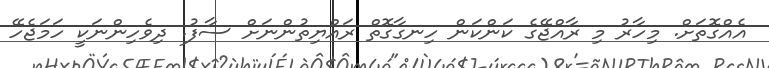
އެއްގޮތަށް. މިހާރު މި ރާއްޖޭގެ ކަންކަން ހިނގާގޮތް ރައްޔިތުންނަށް ސާފު. ދިވެހިންނަކީ ހަމަޖެހޭ